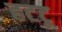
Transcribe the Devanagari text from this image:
हटटू